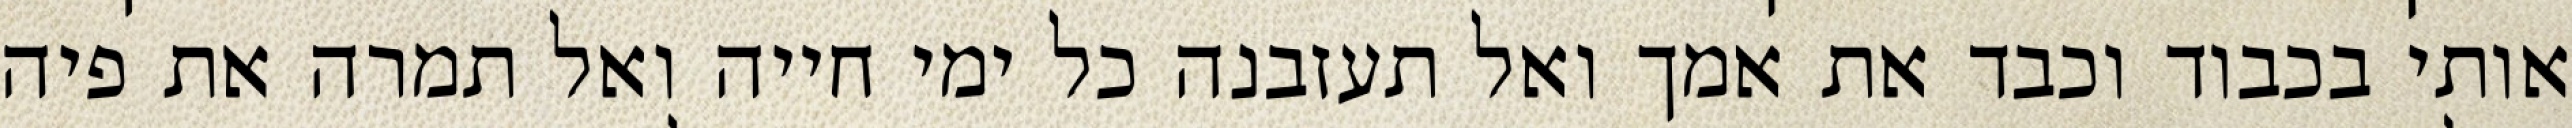
אותי בכבוד וכבד את אמך ואל תעזבנה כל ימי חייה ואל תמרה את פיה